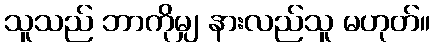
သူသည် ဘာကိုမျှ နားလည်သူ မဟုတ်။